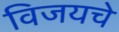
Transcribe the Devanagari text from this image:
विजयचे